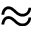
\approx